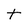
Character: t